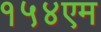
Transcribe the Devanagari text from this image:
१५४एम